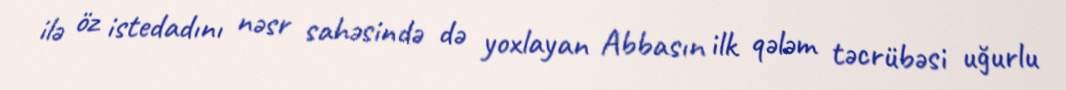
ilə öz istedadını nəsr sahəsində də yoxlayan Abbasın ilk qələm təcrübəsi uğurlu